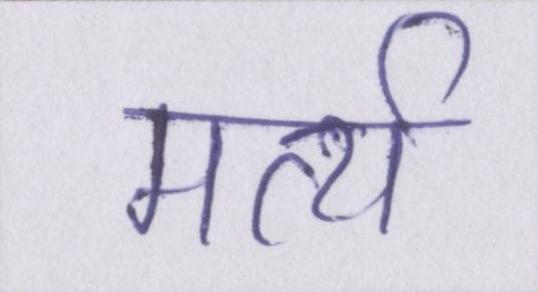
मर्त्य